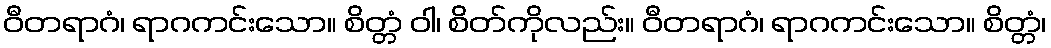
ဝီတရာဂံ၊ ရာဂကင်းသော။ စိတ္တံ ဝါ၊ စိတ်ကိုလည်း။ ဝီတရာဂံ၊ ရာဂကင်းသော။ စိတ္တံ၊